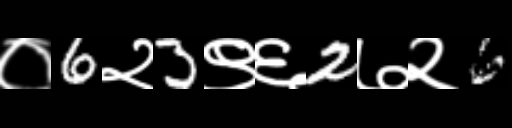
Text: ०6२3९६2७२6